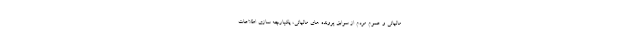
مالیاتی و عموم مردم از سوابق پرونده های مالیاتی، یکپارچه سازی اطلاعات